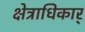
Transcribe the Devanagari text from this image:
क्षेत्राधिकार्